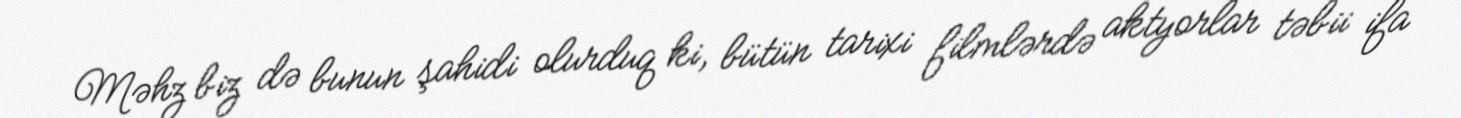
Məhz biz də bunun şahidi olurduq ki, bütün tarixi filmlərdə aktyorlar təbii ifa